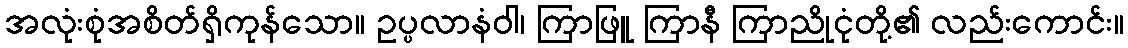
အလုံးစုံအစိတ်ရှိကုန်သော။ ဥပ္ပလာနံဝါ၊ ကြာဖြူ ကြာနီ ကြာညိုငုံတို့၏ လည်းကောင်း။